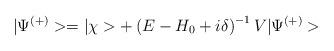
LaTeX: \begin{align*}|\Psi^{(+)}>= |\chi >+ \left( E-H_{0} + i \delta \right)^{-1} V |\Psi^{(+)}>\;\end{align*}